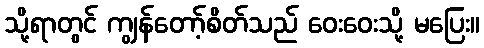
သို့ရာတွင် ကျွန်တော့်စိတ်သည် ဝေးဝေးသို့ မပြေး။